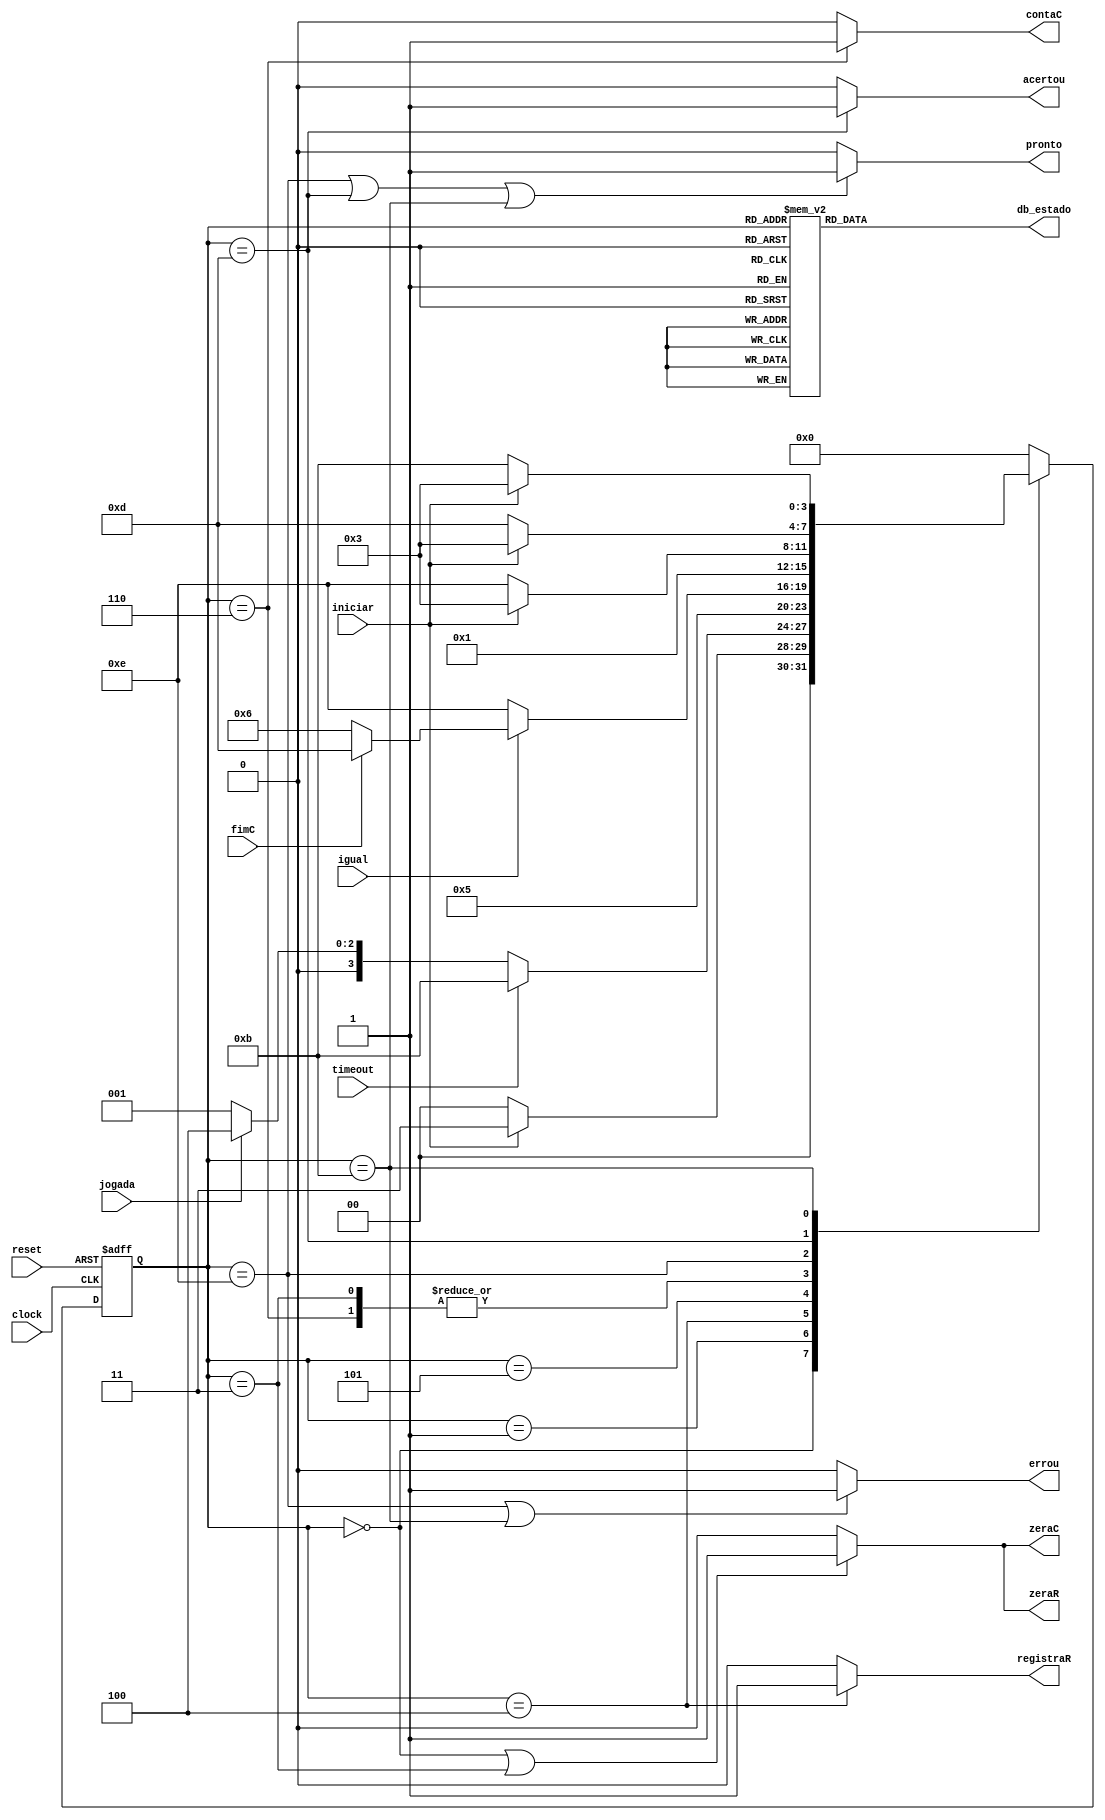
//------------------------------------------------------------------
// Arquivo   : exp4_unidade_controle.v
// Projeto   : Experiencia 4 - Projeto de uma Unidade de Controle
//------------------------------------------------------------------
// Descricao : Unidade de controle
//
// usar este codigo como template (modelo) para codificar 
// mquinas de estado de unidades de controle            
//------------------------------------------------------------------
// Revisoes  :
//     Data        Versao  Autor             Descricao
//     14/01/2024  1.0     Edson Midorikawa  versao inicial
//------------------------------------------------------------------
//
module unidade_controle (
    input      clock,
    input      reset,
    input      iniciar,
    input      fimC,
    input      jogada,
    input      igual,
	input 		timeout,
    output reg zeraC,
    output reg contaC,
    output reg zeraR,
    output reg registraR,
    output reg pronto,
    output reg errou,
    output reg acertou,
    output reg [3:0] db_estado
);

    // Define estados
    parameter inicial    = 4'b0000;  // 0
    parameter preparacao = 4'b0011;  // 3
    parameter espera     = 4'b0001; // 1
    parameter registra   = 4'b0100;  // 4
    parameter comparacao = 4'b0101;  // 5
    parameter proximo    = 4'b0110;  // 6
    parameter derrota    = 4'b1110; // E
    parameter vitoria    = 4'b1101; // D
	 parameter tout       = 4'b1011; //B

    // Variaveis de estado
    reg [3:0] Eatual, Eprox;

    // Memoria de estado
    always @(posedge clock or posedge reset) begin
        if (reset)
            Eatual <= inicial;
        else
            Eatual <= Eprox;
    end

    // Logica de proximo estado
    always @* begin
        case (Eatual)
            inicial:     Eprox = iniciar ? preparacao : inicial;
            preparacao:  Eprox = espera;
            espera:      Eprox = timeout ? tout :
											jogada ? registra: espera;
            registra:    Eprox = comparacao;
            comparacao:  Eprox = (~igual) ? derrota :
                                 (fimC) ? vitoria:
                                          proximo;
            proximo:     Eprox = espera;
            derrota:     Eprox = (iniciar) ? preparacao : derrota;
            vitoria:     Eprox = (iniciar) ? preparacao : vitoria;
				tout:			 Eprox = (iniciar) ? preparacao : tout;
            default:     Eprox = inicial;
        endcase
    end

    // Logica de saida (maquina Moore)
    always @* begin
        zeraC     = (Eatual == inicial || Eatual == preparacao) ? 1'b1 : 1'b0;
        zeraR     = (Eatual == inicial || Eatual == preparacao) ? 1'b1 : 1'b0;
        registraR = (Eatual == registra) ? 1'b1 : 1'b0;
        contaC    = (Eatual == proximo) ? 1'b1 : 1'b0;
        pronto    = (Eatual == derrota || Eatual == vitoria || Eatual == tout) ? 1'b1 : 1'b0; 
        errou     = (Eatual == derrota || Eatual == tout) ? 1'b1: 1'b0;
        acertou   = (Eatual == vitoria) ? 1'b1 : 1'b0;

        // Saida de depuracao (estado)
        case (Eatual)
            inicial:     db_estado = 4'b0000;  // 0
            preparacao:  db_estado = 4'b0011;  // 3
            registra:    db_estado = 4'b0100;  // 4
            comparacao:  db_estado = 4'b0101;  // 5
            proximo:     db_estado = 4'b0110;  // 6
            derrota:     db_estado = 4'b1110;  // E
            vitoria:     db_estado = 4'b1101;  // D
            espera:      db_estado = 4'b0001;  // 1
				tout:			 db_estado = 4'b1011;  // B
            default:     db_estado = 4'b1111;  // F
        endcase
    end

endmodule